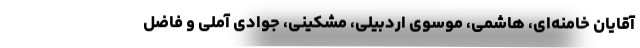
آقایان خامنه‌ای، هاشمی، موسوی اردبیلی، مشکینی، جوادی آملی و فاضل